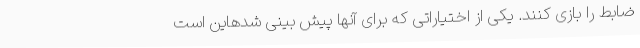
ضابط را بازی کنند. یکی از اختیاراتی که برای آنها پیش بینی شدهاین است